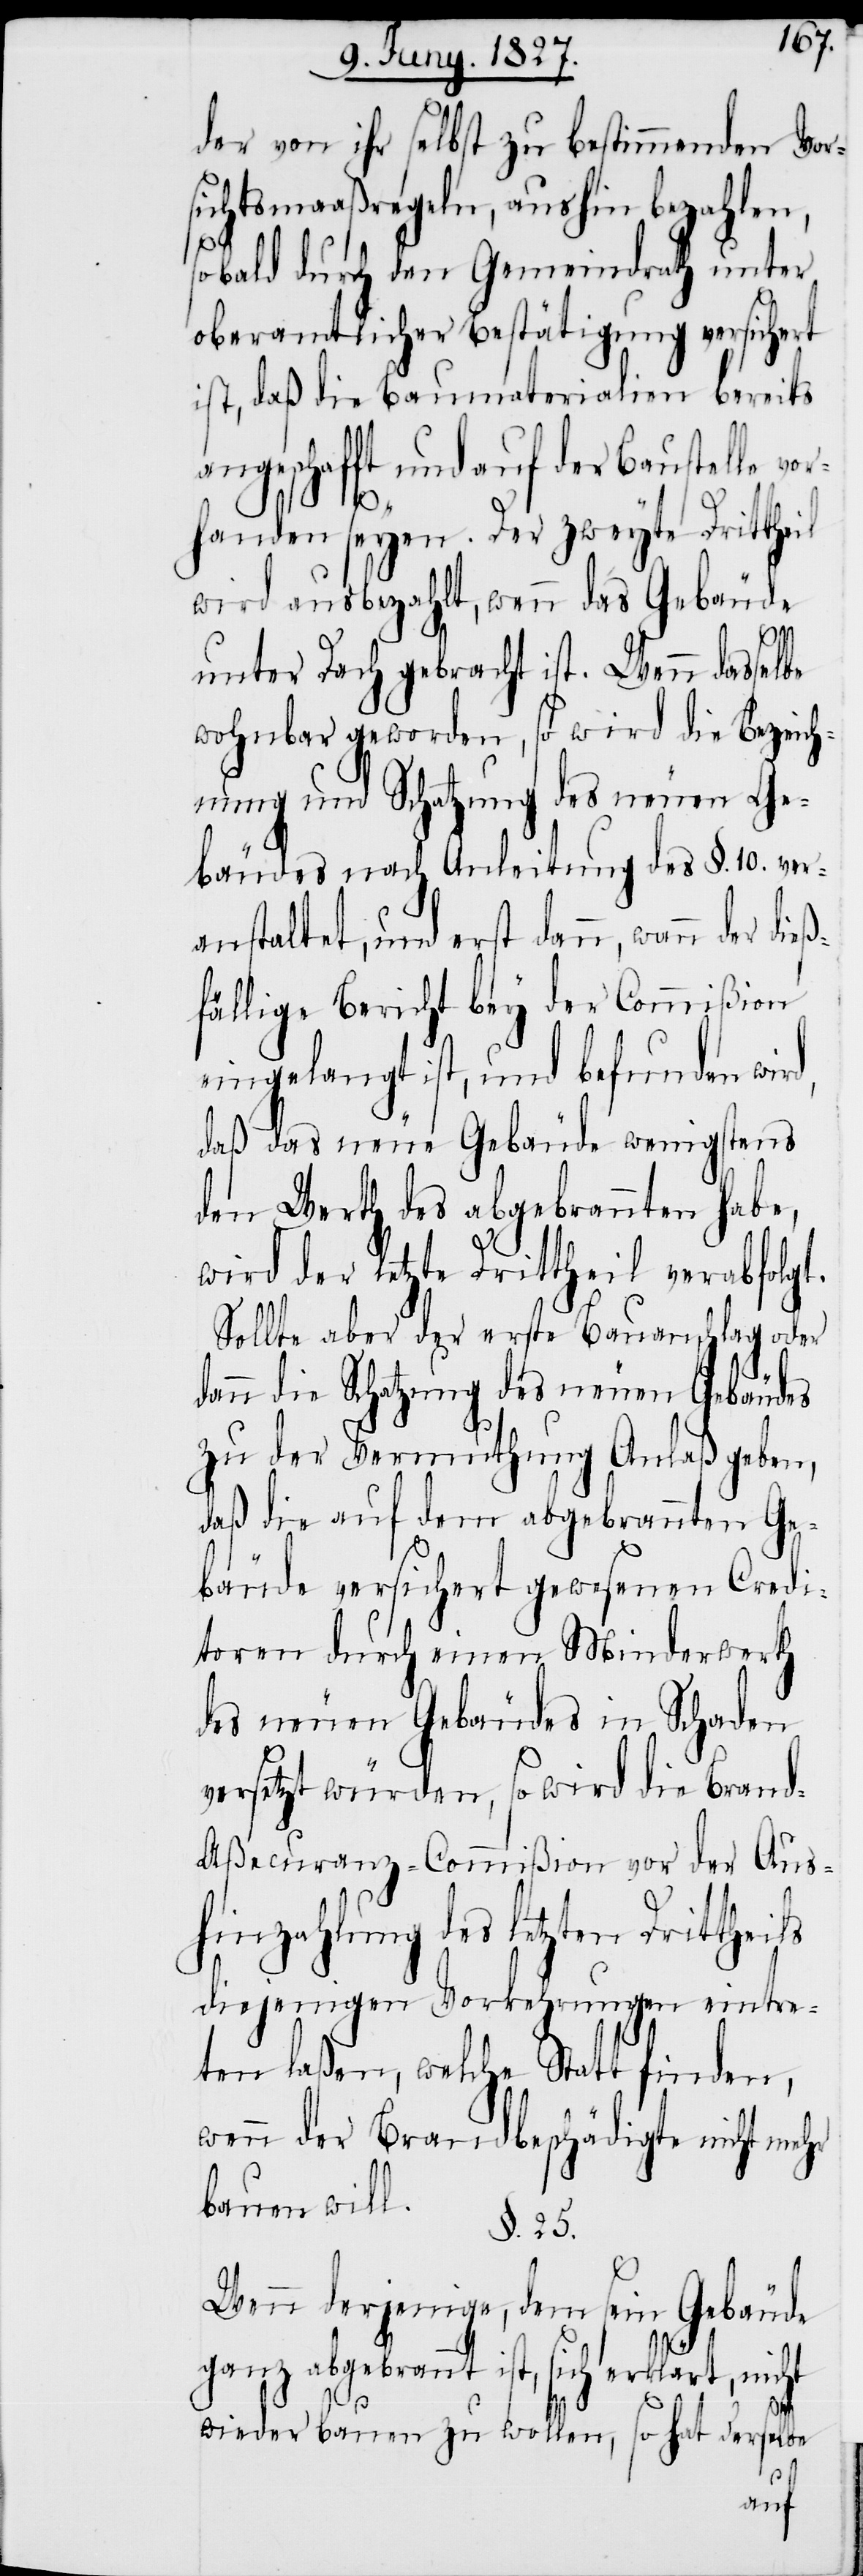
der von ihr selbst zu bestimmenden Vor¬
sichtsmaaßregeln, aushin bezahlen,
sobald durch den Gemeindrath unter
oberamtlicher Bestätigung versichert
ist, daß die Baumaterialien bereits
angeschafft und auf der Baustelle vor¬
d,
handen seyen. Der zweyte Drittheil
wird ausbezahlt, wenn das Gebäude
oll¬
unter Dach gebracht ist. Wenn dasselbe
wohnbar geworden, so wird die Bezeich¬
nung und Schatzung des neuen Ge¬
bäudes nach Anleitung des §. 10. ver¬
anstaltet, und erst dann, wann der dieß¬
fällige Bericht bey der Commißion
eingelangt ist, und befunden wir¬
daß das neue Gebäude wenigstens
den Werth des abgebrannten habe,
wird der letzte Drittheil verabfolgt.
Sollte aber der erste Bauanschlag oder
dann die Schatzung des neuen Gebäudes
zu der Vermuthung Anlaß geben,
daß die auf dem abgebrannten Ge¬
bäude versichert gewesenen Credi¬
toren durch einen Minderwerth
des neuen Gebäudes in Schaden
versetzt würden, so wird die Bran¬
d-Aßecuranz-Commißion vor der Aus¬
hinzahlung des letzten Drittheils
diejenigen Vorkehrungen eintre¬
ten laßen, welche Statt finden,
wenn der Brandbeschädigte nicht mehr
bauen will.
§. 25.
Wenn derjenige, dem sein Gebäude
ganz abgebrannt ist, sich erklärt, nicht
wieder bauen zu w¬
en, so hat